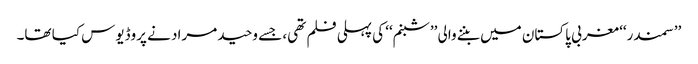
’’سمندر‘‘ مغربی پاکستان میں بننے والی ’’شبنم‘‘ کی پہلی فلم تھی، جسے وحید مراد نے پروڈیوس کیا تھا۔